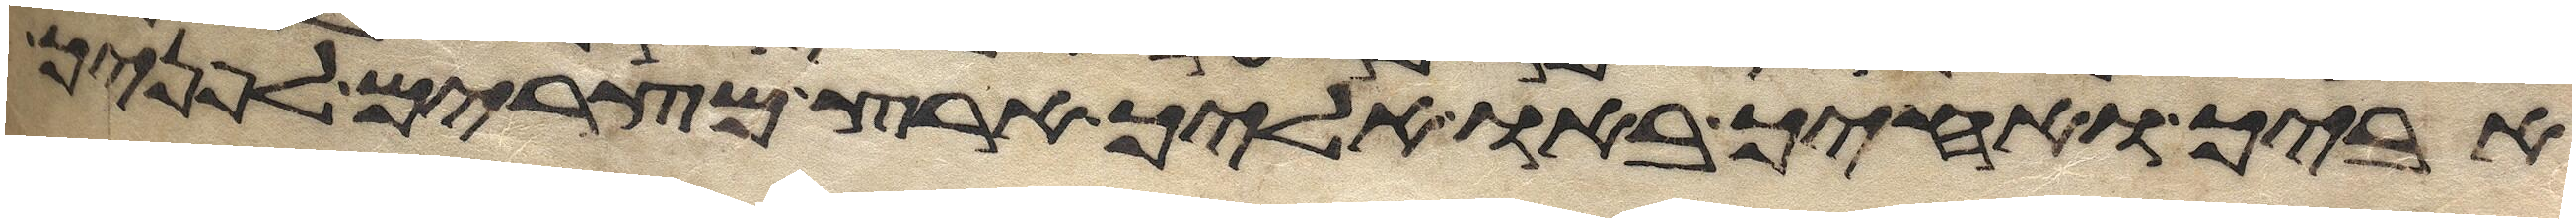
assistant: אביך ואחיך באו אליך ארץ מצרים לפניך